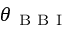
\theta _ { \mathrm { ~ B ~ B ~ I ~ } }